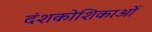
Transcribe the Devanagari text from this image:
दंशकोशिकाओं